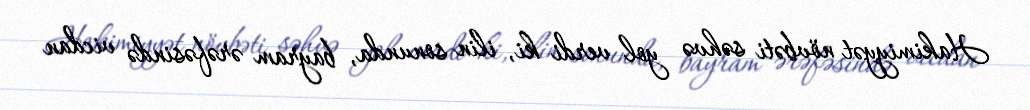
Hakimiyyət növbəti səhvə yol verdi ki, ilin sonunda, bayram ərəfəsində vicdan